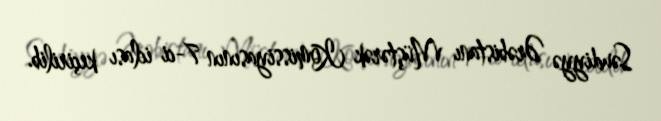
Səudiyyə Ərəbistanı Müştərək Komissiyasının 7-ci iclası keçirilib.